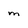
Character: m